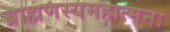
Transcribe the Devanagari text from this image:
ब्राह्मणस्यमहात्मनः